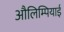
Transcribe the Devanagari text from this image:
औलिम्पियाई